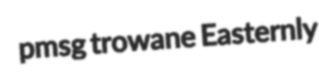
pmsg trowane Easternly